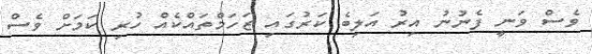
ވެސް ވަނީ ފެނުނު އިރު އަލިބެ ކަރުގައި ޒަހަމްތައްކެއް ހުރި ކަމަށް ވެސް